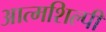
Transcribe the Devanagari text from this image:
आत्‍मशिल्‍पी